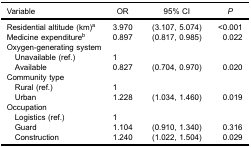
<table><thead><tr><td><b>Variable</b></td><td><b>OR</b></td><td><b>95% CI</b></td><td><b><i>P</i></b></td></tr></thead><tbody><tr><td>Residential altitude (km)<sup>a</sup></td><td>3.970</td><td>(3.107, 5.074)</td><td>&lt;0.001</td></tr><tr><td>Medicine expenditure<sup>b</sup></td><td>0.897</td><td>(0.817, 0.985)</td><td>0.022</td></tr><tr><td colspan="3">Oxygen-generating system</td><td> </td></tr><tr><td> Unavailable (ref.)</td><td>1</td><td> </td><td> </td></tr><tr><td> Available</td><td>0.827</td><td>(0.704, 0.970)</td><td>0.020</td></tr><tr><td>Community type</td><td> </td><td> </td><td> </td></tr><tr><td> Rural (ref.)</td><td>1</td><td> </td><td> </td></tr><tr><td> Urban</td><td>1.228</td><td>(1.034, 1.460)</td><td>0.019</td></tr><tr><td>Occupation</td><td> </td><td> </td><td> </td></tr><tr><td> Logistics (ref.)</td><td>1</td><td> </td><td> </td></tr><tr><td> Guard</td><td>1.104</td><td>(0.910, 1.340)</td><td>0.316</td></tr><tr><td> Construction</td><td>1.240</td><td>(1.022, 1.504)</td><td>0.029</td></tr></tbody></table>